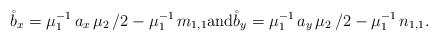
LaTeX: \begin{align*}\mathring{b}_x = \mu_1^{-1}\,a_x\,\mu_2\,/2-\mu_1^{-1}\,m_{1,1}\mbox{and}\mathring{b}_y = \mu_1^{-1}\,a_y\,\mu_2\,/2-\mu_1^{-1}\,n_{1,1}.\end{align*}